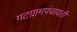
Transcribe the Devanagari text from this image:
गटग्रामपंचायती